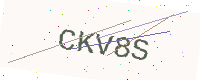
Text: CKV8S